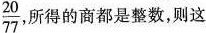
\frac{20}{77}，所得的商都是整数，则这